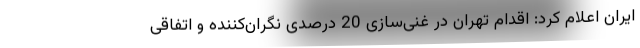
ایران اعلام کرد: اقدام تهران در غنی‌سازی 20 درصدی نگران‌کننده و اتفاقی